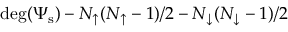
\mathrm { d e g } ( \Psi _ { \mathrm { s } } ) - N _ { \uparrow } ( N _ { \uparrow } - 1 ) / 2 - N _ { \downarrow } ( N _ { \downarrow } - 1 ) / 2